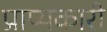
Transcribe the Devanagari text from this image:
प्राप्यकारी